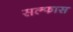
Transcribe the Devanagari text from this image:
सल्फास